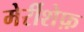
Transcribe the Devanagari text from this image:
मेर्रीशेफ़